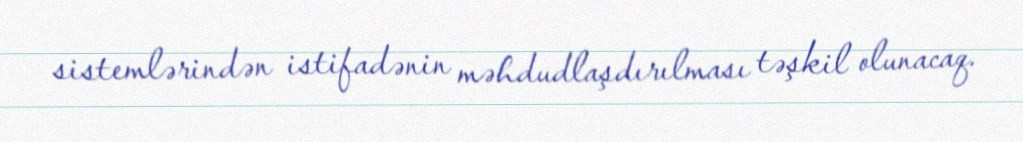
sistemlərindən istifadənin məhdudlaşdırılması təşkil olunacaq.